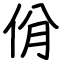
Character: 佾